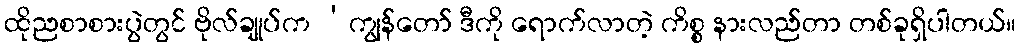
ထိုညစာစားပွဲတွင် ဗိုလ်ချုပ်က ‘ကျွန်တော် ဒီကို ရောက်လာတဲ့ ကိစ္စ နားလည်တာ တစ်ခုရှိပါတယ်။